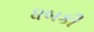
ધબકી